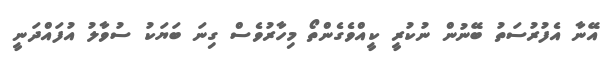
އޭނާ އެފުރުސަތު ބޭނުން ނުކުރީ ކީއްވެގެންތޯ މިހާރުވެސް ގިނަ ބަޔަކު ސުވާލު އުފައްދަނީ